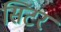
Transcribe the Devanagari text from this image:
सिंटर